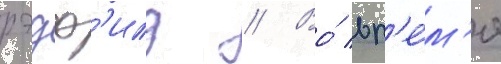
рэдф'илд // Во́ вр'е́м'я